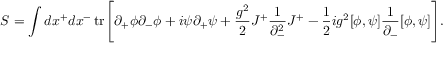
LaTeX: S = \int d x ^ { + } d x ^ { - } \, \mathrm { t r } \Bigg [ \partial _ { + } \phi \partial _ { - } \phi + i \psi \partial _ { + } \psi + \frac { g ^ { 2 } } { 2 } J ^ { + } \frac { 1 } { \partial _ { - } ^ { 2 } } J ^ { + } - \frac { 1 } { 2 } i g ^ { 2 } [ \phi , \psi ] \frac { 1 } { \partial _ { - } } [ \phi , \psi ] \Bigg ] .